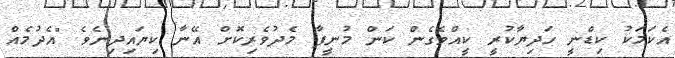
އެކަމަކު ކިޑްނީ ހަދިޔާކުރީ ކީއްވެގެން ކަން މުނީފާ މެދުވެރިކޮށް އޭނާ ކިޔައިދިނެވެ "އެދުމެއް